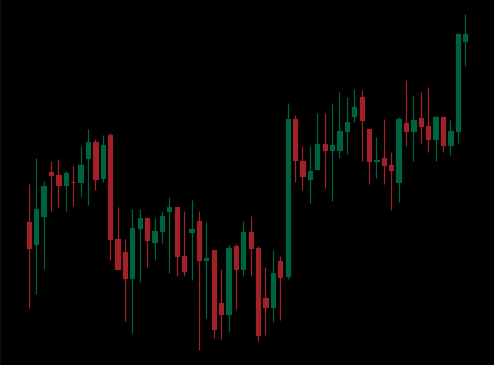
Pattern: unclassified